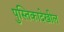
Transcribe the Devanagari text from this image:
पुस्तिकादेखील